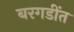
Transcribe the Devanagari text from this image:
बरगडींत